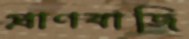
প্রাণবাজি